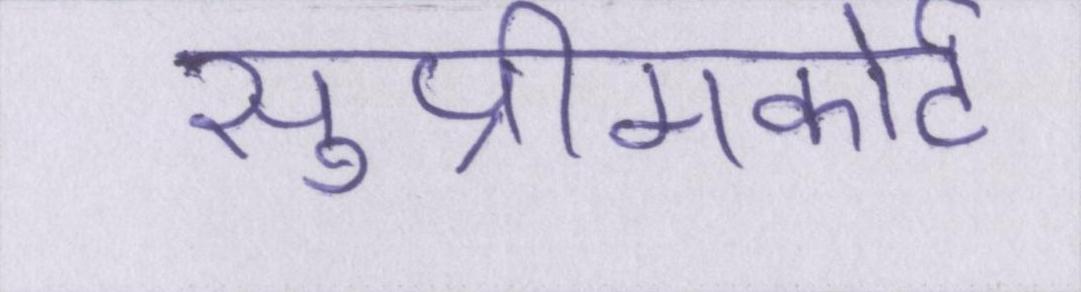
सुप्रीमकोर्ट